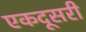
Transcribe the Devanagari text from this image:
एकदूसरी